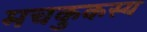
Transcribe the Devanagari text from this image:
मचकुकस्य